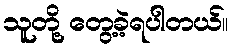
သူတို့ တွေ့ခဲ့ရပါတယ်။